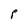
Character: P